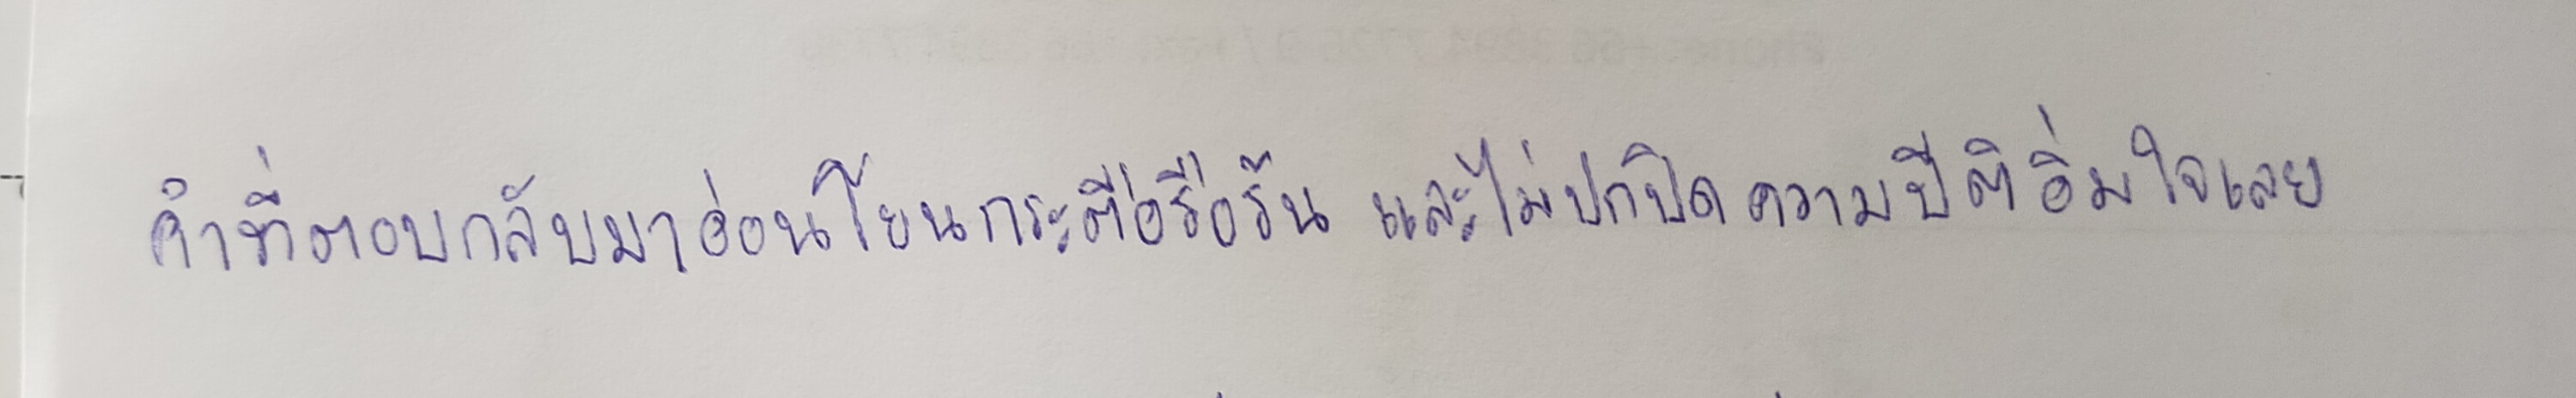
คำที่ตอบกลับมาอ่อนโยนกระตือรือร้นและไม่ปกปิดความปีติอิ่มใจเลย